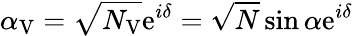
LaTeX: \alpha_{\mathrm{V}}=\sqrt{N_{\mathrm{V}}}\mathrm{e}^{i\delta}=\sqrt{N}\sin\alpha\mathrm{e}^{i\delta}